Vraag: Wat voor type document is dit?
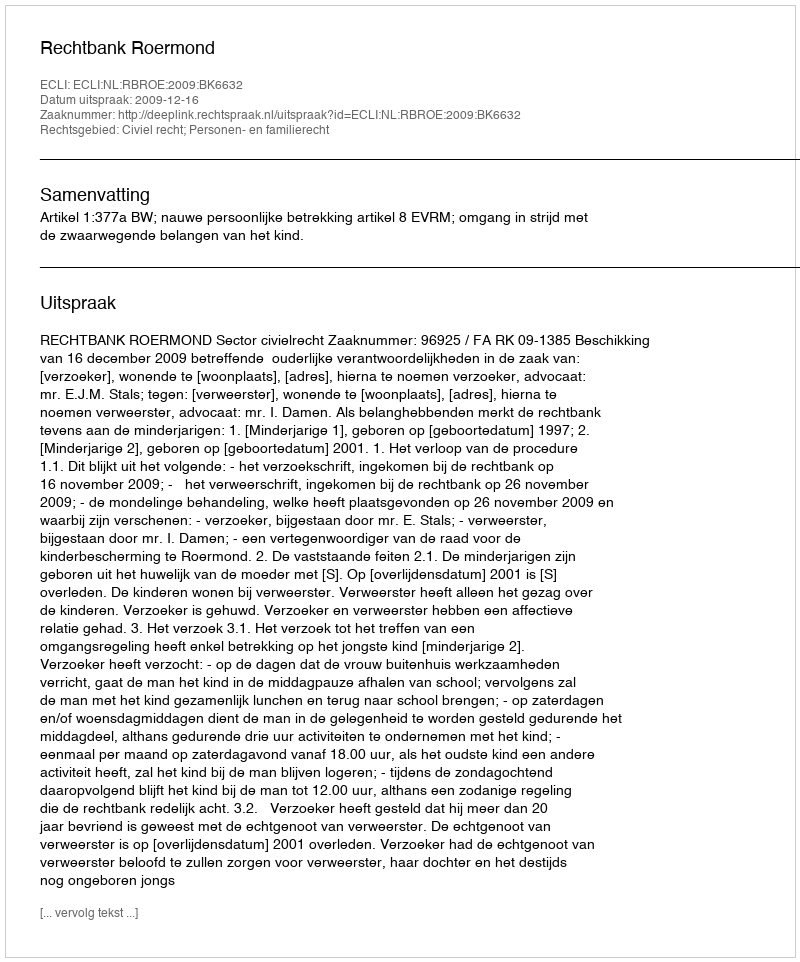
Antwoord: Uitspraak